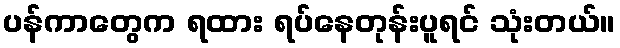
ပန်ကာတွေက ရထား ရပ်နေတုန်းပူရင် သုံးတယ်။